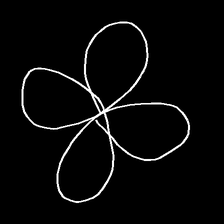
Glyph: billowing